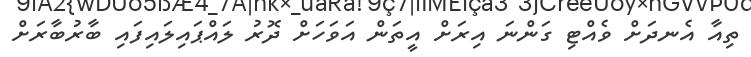
ތިއާ އެނދަށް ވެއްޓި ގަންނަ އިރަށް އީތަން އަވަހަށް ދޮރު ލައްޕައިލައިފައި ބާރުބާރަށް